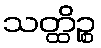
သတ္ထိဉ္စ